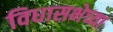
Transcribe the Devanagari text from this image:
विधासभेच्या